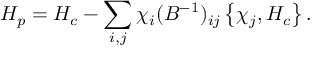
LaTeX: H _ { p } = H _ { c } - \sum _ { i , j } \chi _ { i } ( B ^ { - 1 } ) _ { i j } \left\{ \chi _ { j } , H _ { c } \right\} .